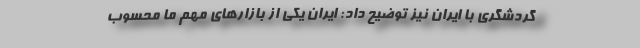
گردشگری با ایران نیز توضیح داد: ایران یکی از بازارهای مهم ما محسوب